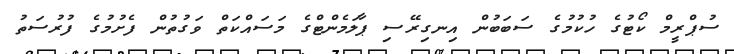
ސުޕްރީމް ކޯޓުގެ ހުކުމުގެ ސަބަބުން އިނގިރޭސި ޕާލަމެންޓްގެ މަސައްކަތް ވަގުތުން ފެށުމުގެ ފުރުސަތު